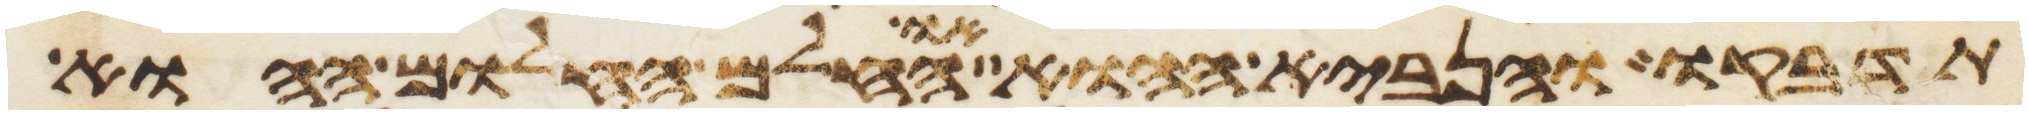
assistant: תדבקו והנביא ההוא או החלם החלום ההוא